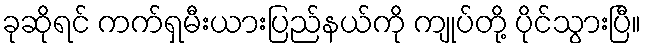
ခုဆိုရင် ကက်ရှမီးယားပြည်နယ်ကို ကျုပ်တို့ ပိုင်သွားပြီ။